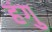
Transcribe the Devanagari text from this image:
हंगु